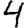
Digit: 4